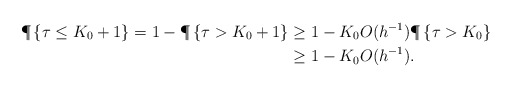
\begin{align*}\P \left\{ \tau \leq K_0+1\right\}=1-\P \left\{ \tau>K_0+1\right\}& \geq 1-K_0 O( h^{-1} ) \P \left\{ \tau > K_0 \right\}\\& \geq 1-K_0 O( h^{-1} ) .\end{align*}